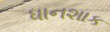
ધાનશાક